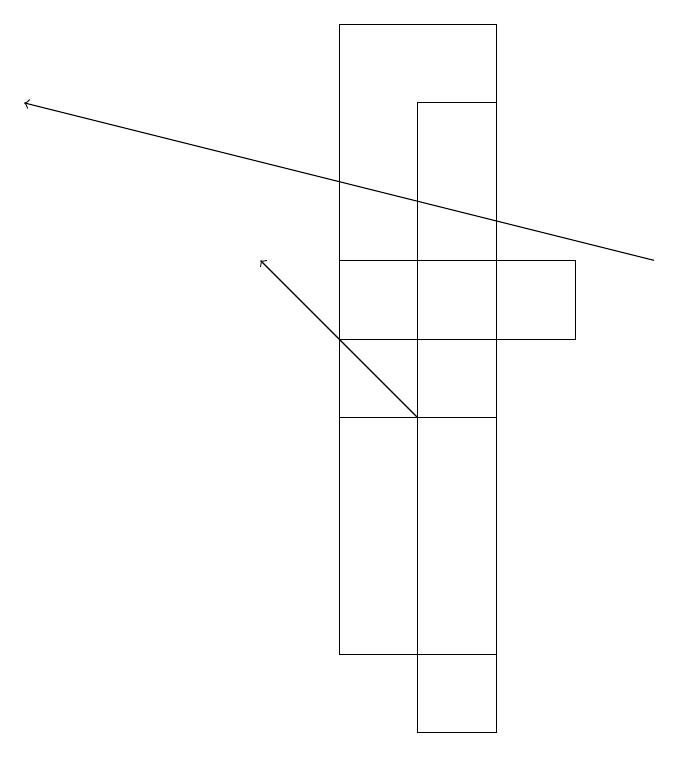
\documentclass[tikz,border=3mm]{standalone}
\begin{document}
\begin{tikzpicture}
\draw[->] (5,14) -- (3,16);
\draw (6,10) rectangle (5,18);
\draw (7,15) rectangle (4,16);
\draw (4,14) rectangle (6,19);
\draw[->] (8,16) -- (0,18);
\draw (4,16) rectangle (6,11);
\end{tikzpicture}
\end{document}